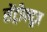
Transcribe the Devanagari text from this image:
सेंट्रीफ्यूज़